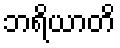
ဘရိယာတိ